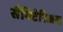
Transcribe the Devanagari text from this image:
सैगिटेरिअस